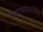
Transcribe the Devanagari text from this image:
वाहनांप्रमाणेच